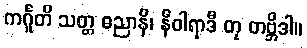
ကင်္ဂူတိ သတ္တ ဓညာနိ၊ နီဝါရာဒီ တု တဗ္ဘိဒါ။